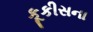
કૂકીસના